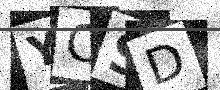
Text: YCSD